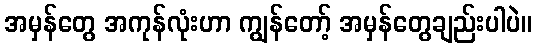
အမှန်တွေ အကုန်လုံးဟာ ကျွန်တော့် အမှန်တွေချည်းပါပဲ။